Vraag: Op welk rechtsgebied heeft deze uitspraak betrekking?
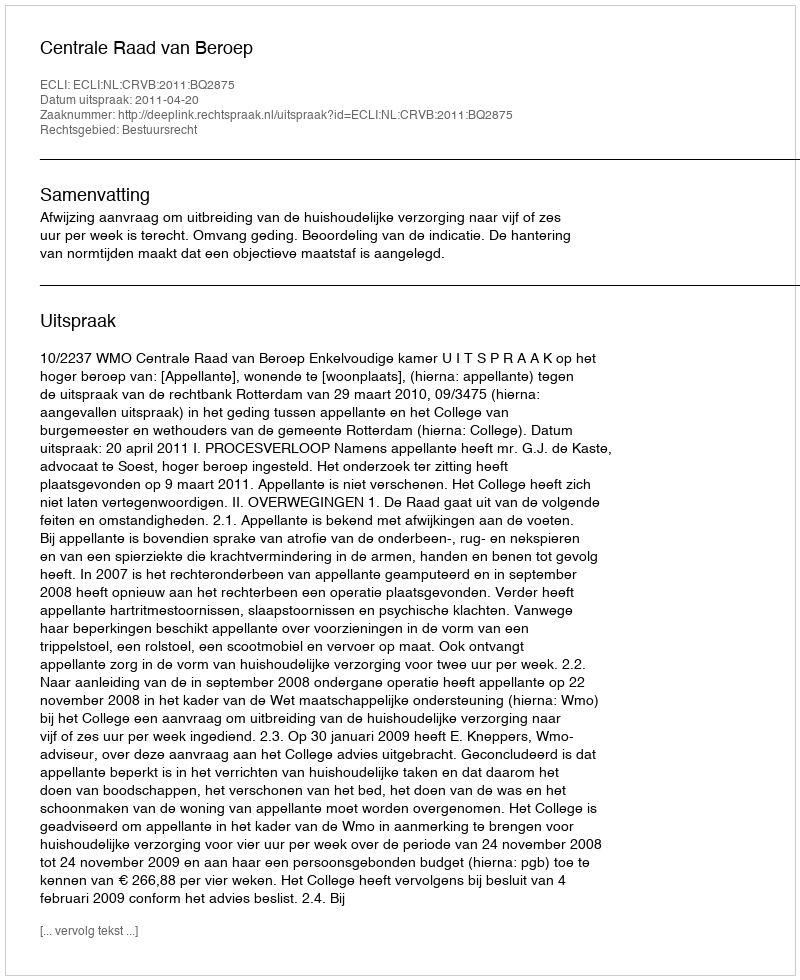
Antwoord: Bestuursrecht